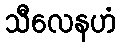
သီလေနဟံ